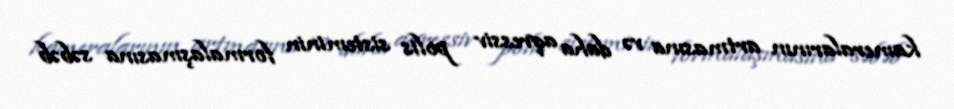
kameralarının artmasına və daha aqressiv polis sisteminin formalaşmasına səbəb